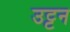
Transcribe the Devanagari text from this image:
उट्टन